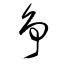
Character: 争